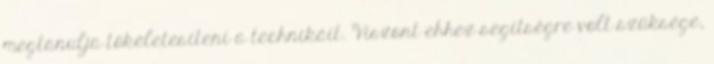
megtanulja tökéletesíteni a technikáit. Viszont ehhez segítségre volt szüksége,